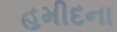
હમીદના